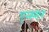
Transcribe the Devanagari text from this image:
एन्स्गर